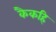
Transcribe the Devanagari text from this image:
कैकहि